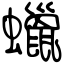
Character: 蠟